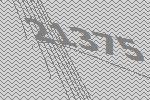
21375